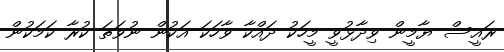
ރައީސް ޔާމީން ވިދާޅުވީ މީހަކު ދައްކާ ވާހަކަ އަކުން ނުވަތަ ކުރާ ކަމަކުން